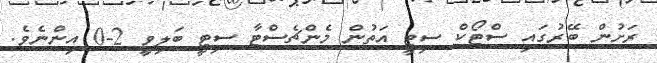
ރަށުން ބޭރުގައި ސްޓޯކް ސިޓީ އަތުން މެންޗެސްޓާ ސިޓީ ބަލިވީ 2-0 އިންނެވެ.